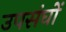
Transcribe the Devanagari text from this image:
उपसंघों